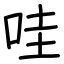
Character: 哇